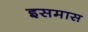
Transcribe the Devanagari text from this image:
इसमास